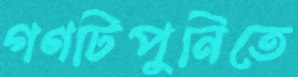
গণটিপুনিতে